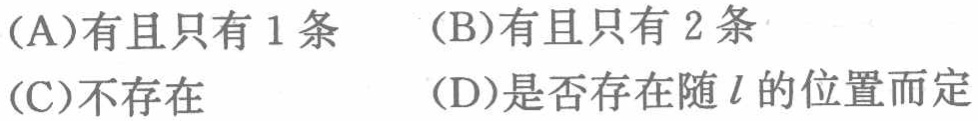
(A)有且只有 1 条  (B)有且只有 2 条
(C)不存在  (D)是否存在随\(l\)的位置而定